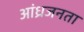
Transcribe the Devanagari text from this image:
आंध्रजनता